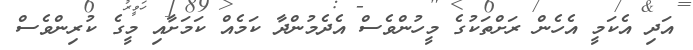
އަދި އެކަމީ އެހެން ރަށްތަކުގެ މީހުންވެސް އެދެމުންދާ ކަމެއް ކަމަށާއި މީގެ ކުރިންވެސް